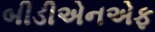
બીડીએનએફ